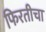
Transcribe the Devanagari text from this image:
फिरतीचा